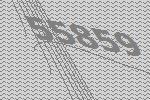
55859